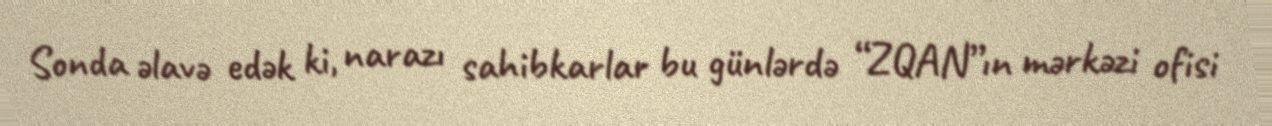
Sonda əlavə edək ki, narazı sahibkarlar bu günlərdə “ZQAN”ın mərkəzi ofisi